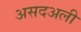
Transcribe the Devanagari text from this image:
असदअली